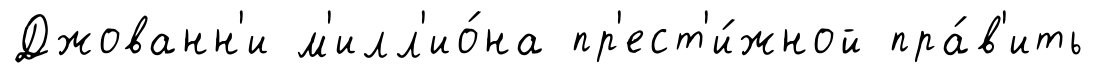
Джованн'и м'илл'ио́на пр'ест'и́жной пра́в'ить